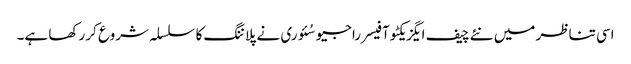
اسی تناظر میں نئے چیف ایگزیکٹو آفیسر راجیو سُئوری نے پلاننگ کا سلسلہ شروع کر رکھا ہے۔